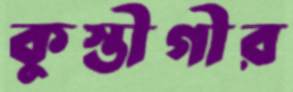
কুস্তীগীর